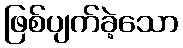
ဖြစ်ပျက်ခဲ့သော